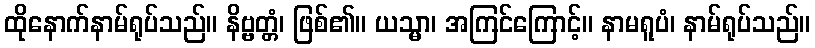
ထိုနောက်နာမ်ရုပ်သည်။ နိဗ္ဗတ္တံ၊ ဖြစ်၏။ ယသ္မာ၊ အကြင်ကြောင့်။ နာမရူပံ၊ နာမ်ရုပ်သည်။